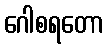
ဂေါစရတော